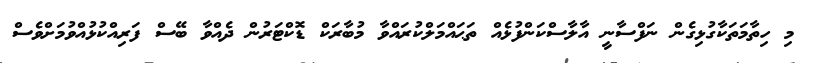
މި ހިތާމަތަކާގުޅިގެން ނަފްސާނީ އާލާސްކަންފުޅެއް ތަޙައްމަލްކުރައްވާ މުބާރަކް ޑޮކްޓަރުން ދެއްވާ ބޭސް ފަރިއްކުޅުއްވުމަށްވެސް